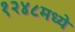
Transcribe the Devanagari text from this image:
१२४८मध्ये